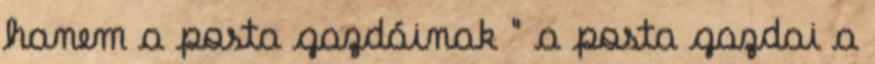
hanem a posta gazdáinak " a posta gazdai a